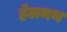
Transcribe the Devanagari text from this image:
हेलमथ